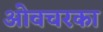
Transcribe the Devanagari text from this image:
ओवचरका